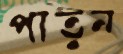
পাতুন